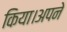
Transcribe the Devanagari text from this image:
किया।अपने